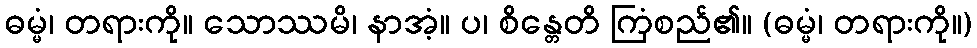
ဓမ္မံ၊ တရားကို။ သောဿမိ၊ နာအံ့။ ပ၊ စိန္တေတိ ကြံစည်၏။ (ဓမ္မံ၊ တရားကို။)